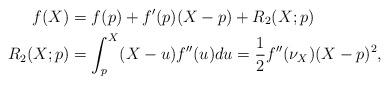
\begin{align*}f(X) & = f(p) + f'(p)(X-p) + R_2(X;p) \\R_2(X;p) & = \int_p^X (X-u)f''(u)du = \frac{1}{2} f''(\nu_X)(X-p)^2,\end{align*}